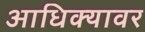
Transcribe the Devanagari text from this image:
आधिक्यावर